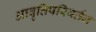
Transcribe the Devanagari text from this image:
आवृत्तिपरिवर्तन